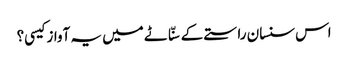
اس سنسان راستے کے سنّاٹے میں یہ آواز کیسی؟